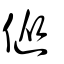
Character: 傱